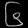
Digit: ၆